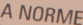
A NORME